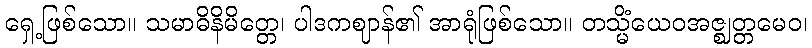
ရှေ့ဖြစ်သော။ သမာဓိနိမိတ္တေ၊ ပါဒကဈာန်၏ အာရုံဖြစ်သော။ တသ္မိံယေဝအဇ္ဈတ္တမေဝ၊